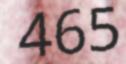
465